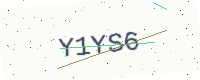
Text: Y1YS6